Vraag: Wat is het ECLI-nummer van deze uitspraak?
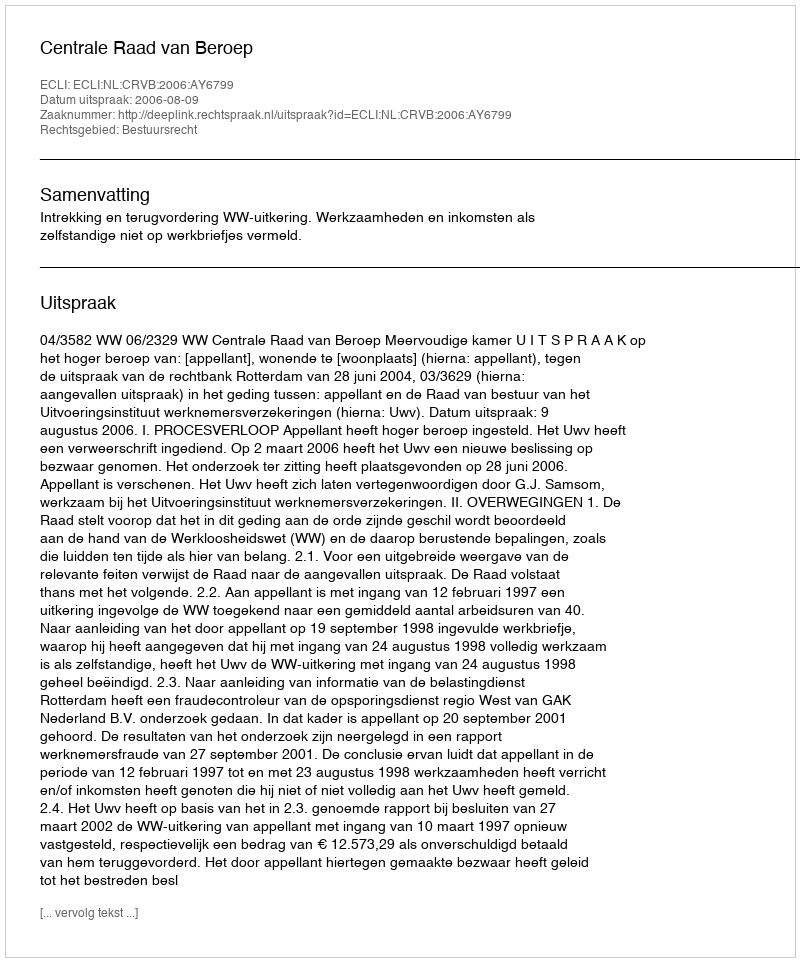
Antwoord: ECLI:NL:CRVB:2006:AY6799